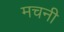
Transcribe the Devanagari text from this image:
मचनी